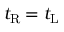
t _ { \mathrm { R } } = t _ { \mathrm { L } }